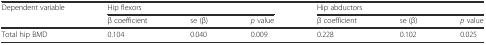
<table><thead><tr><td><b>Dependent variable</b></td><td colspan="3"><b>Hip flexors</b></td><td colspan="3"><b>Hip abductors</b></td></tr><tr><td></td><td><b>β coefficient</b></td><td><b>se (β)</b></td><td><b><i>p</i> value</b></td><td><b>β coefficient</b></td><td><b>se (β)</b></td><td><b><i>p</i> value</b></td></tr></thead><tbody><tr><td>Total hip BMD</td><td>0.104</td><td>0.040</td><td>0.009</td><td>0.228</td><td>0.102</td><td>0.025</td></tr></tbody></table>